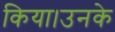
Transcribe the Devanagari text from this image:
किया।उनके